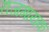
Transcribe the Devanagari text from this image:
राजगायक